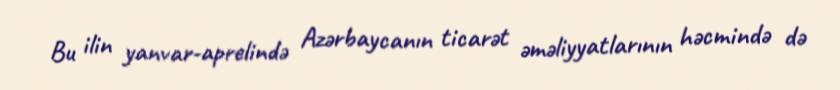
Bu ilin yanvar-aprelində Azərbaycanın ticarət əməliyyatlarının həcmində də